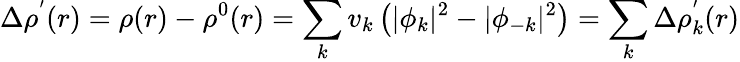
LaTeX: \Delta\rho^{'}(r)=\rho(r)-\rho^{0}(r)=\sum_{k}v_{k}\left(|\phi_{k}|^{2}-|\phi_{-k}|^{2}\right)=\sum_{k}\Delta\rho_{k}^{'}(r)